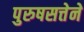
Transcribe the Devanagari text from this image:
पुरुषसत्तेने